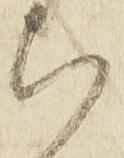
ち